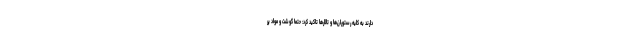
دارند به کلیه رستوران‌ها و تالارها تاکید کرد: حتما گوشت و مواد پر